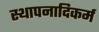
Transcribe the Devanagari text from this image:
स्थापनादिकर्म